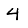
Digit: 4